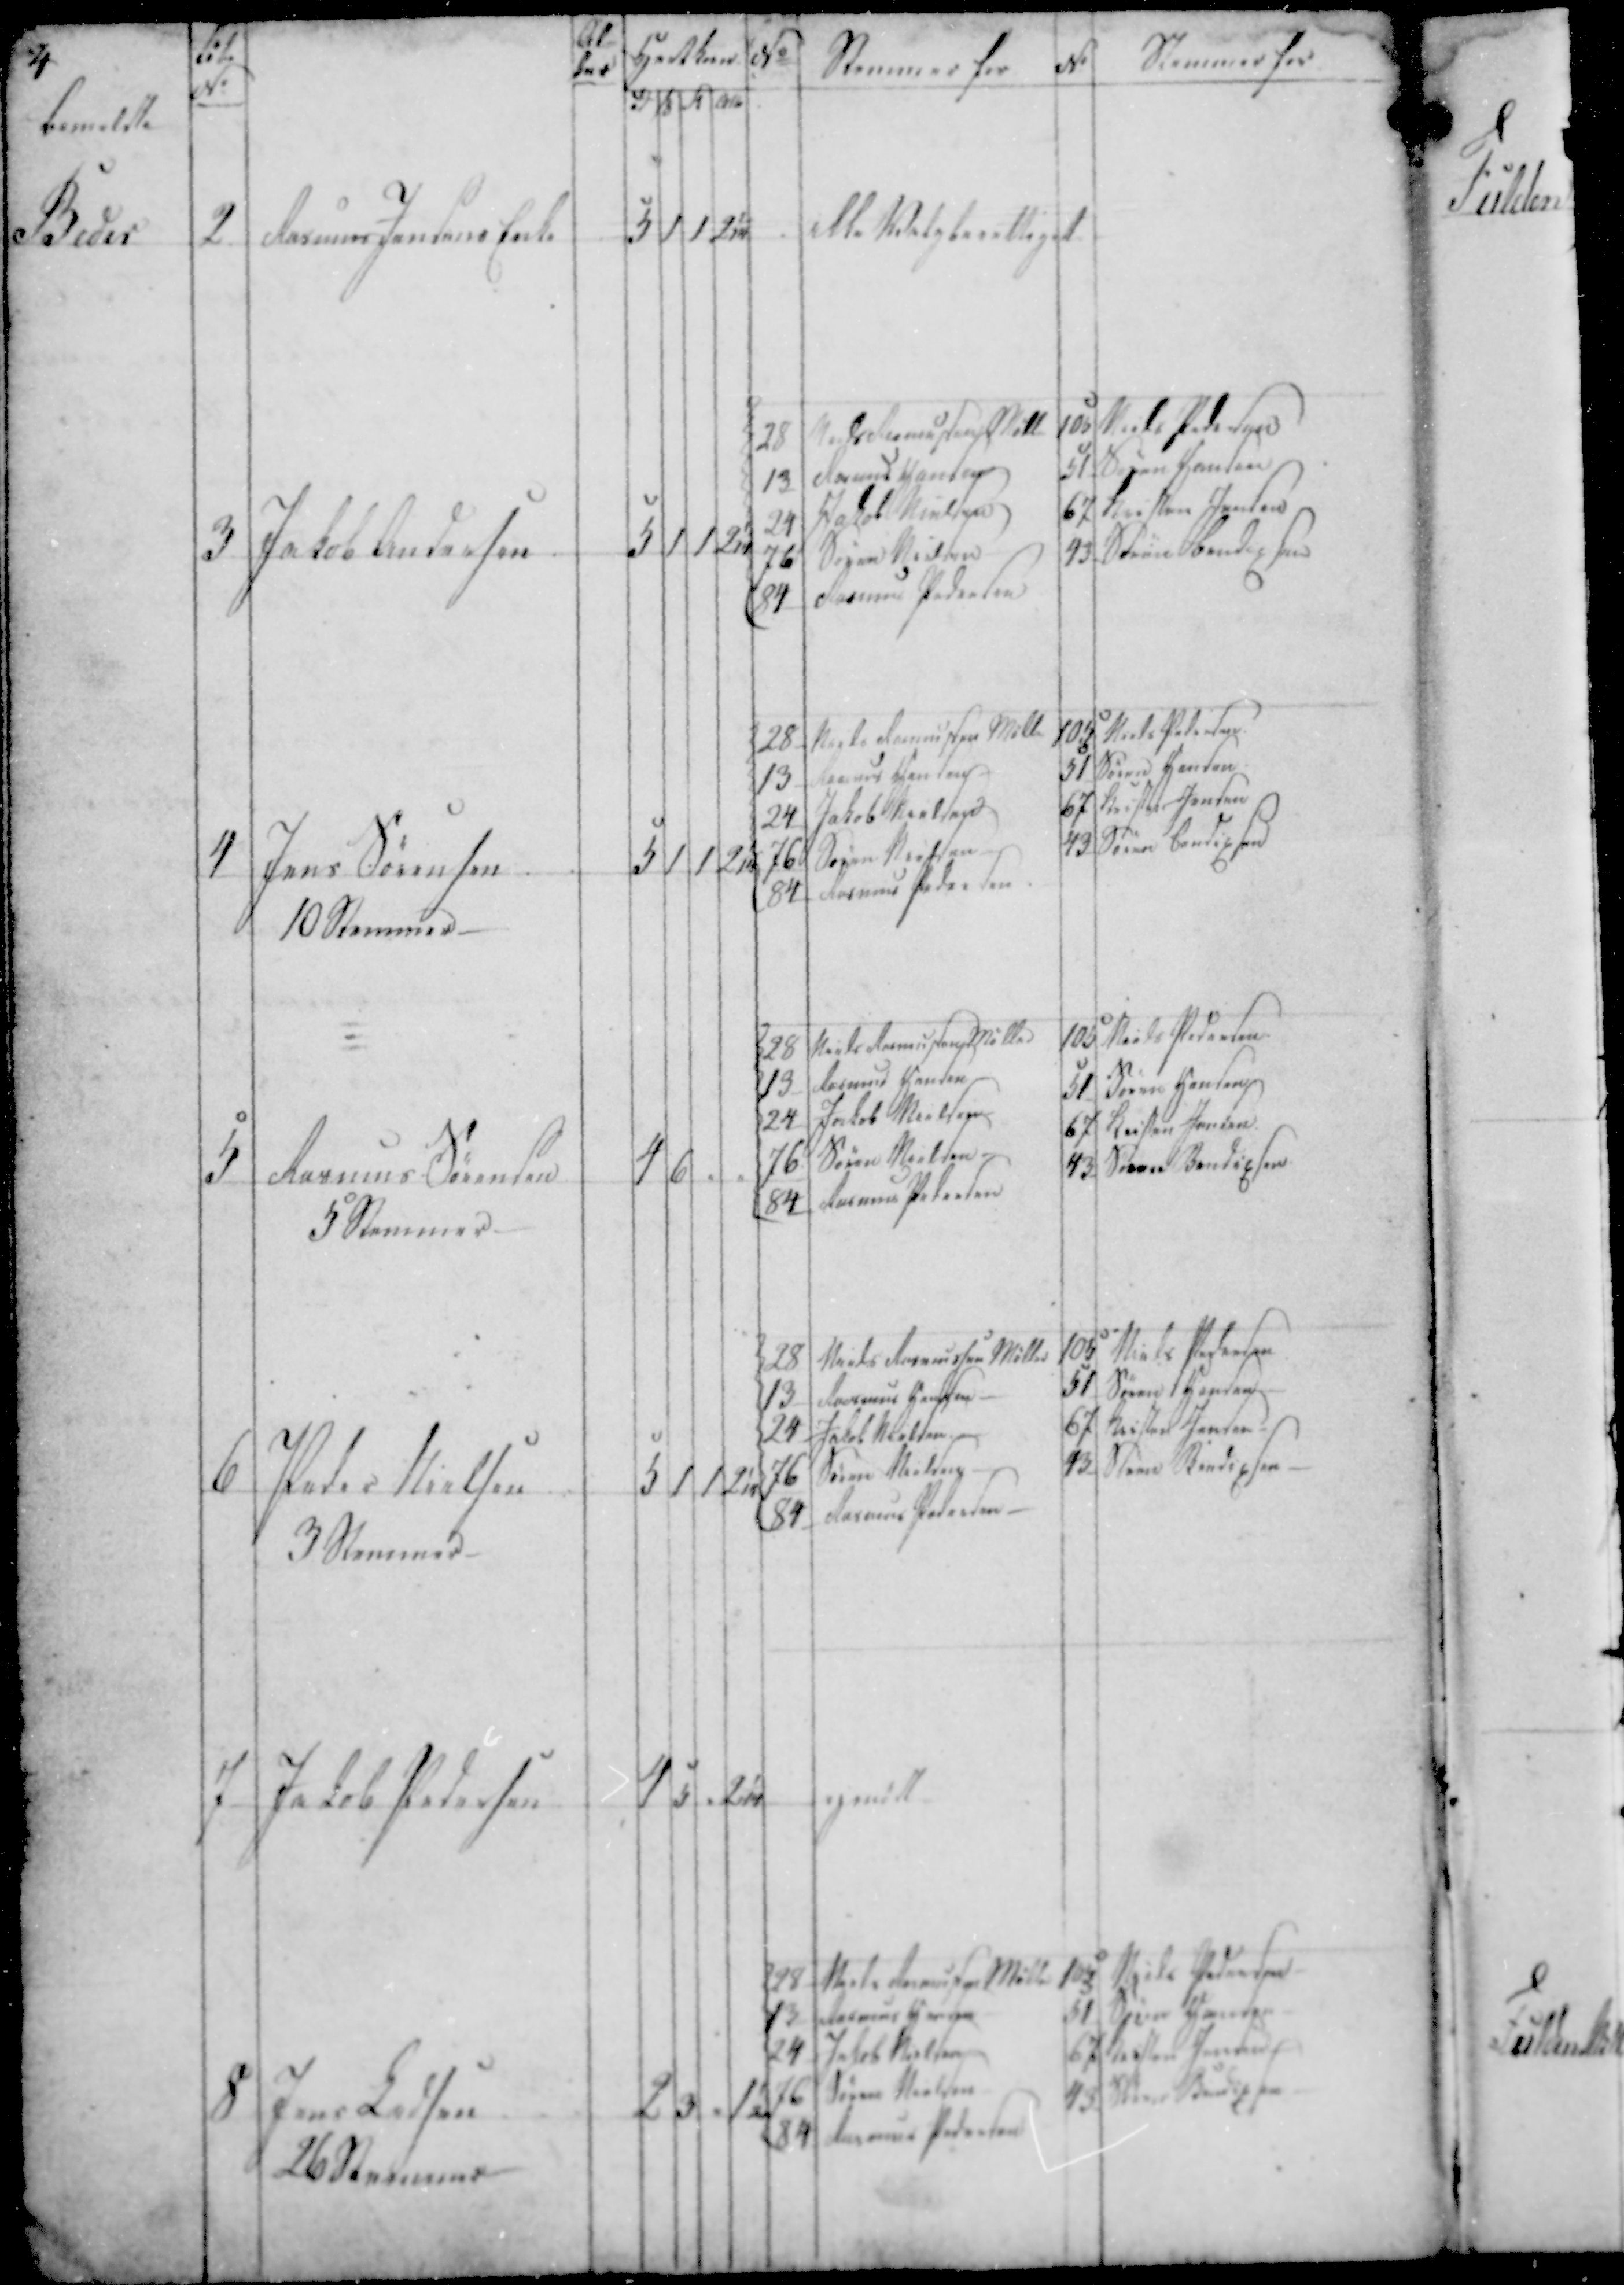
Transskription:
bemeldte

Beder